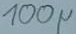
Text: 100µ